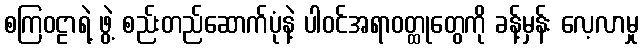
စကြဝဠာရဲ့ ဖွဲ့ စည်းတည်ဆောက်ပုံနဲ့ ပါဝင်အရာဝတ္ထုတွေကို ခန့်မှန်း လေ့လာမှု